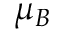
\mu _ { B }